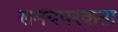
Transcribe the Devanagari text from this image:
समयपरकता